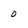
Character: 0